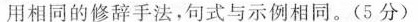
用相同的修辞手法，句式与示例相同。(5分)